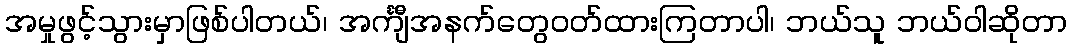
အမှုဖွင့်သွားမှာဖြစ်ပါတယ်၊ အင်္ကျီအနက်တွေဝတ်ထားကြတာပါ၊ ဘယ်သူ ဘယ်ဝါဆိုတာ